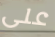
على